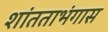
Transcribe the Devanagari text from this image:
शांतताभंगास